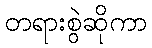
တရားစွဲဆိုကာ